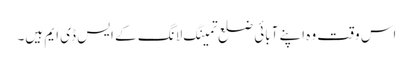
اس وقت وہ اپنے آبائی ضلع تمینگ لانگ کے ایس ڈی ایم ہیں۔